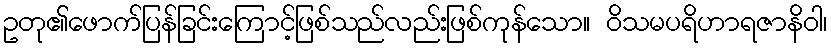
ဥတု၏ဖောက်ပြန်ခြင်းကြောင့်ဖြစ်သည်လည်းဖြစ်ကုန်သော။ ဝိသမပရိဟာရဇာနိဝါ၊